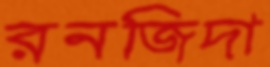
রনজিদা